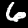
Digit: 6